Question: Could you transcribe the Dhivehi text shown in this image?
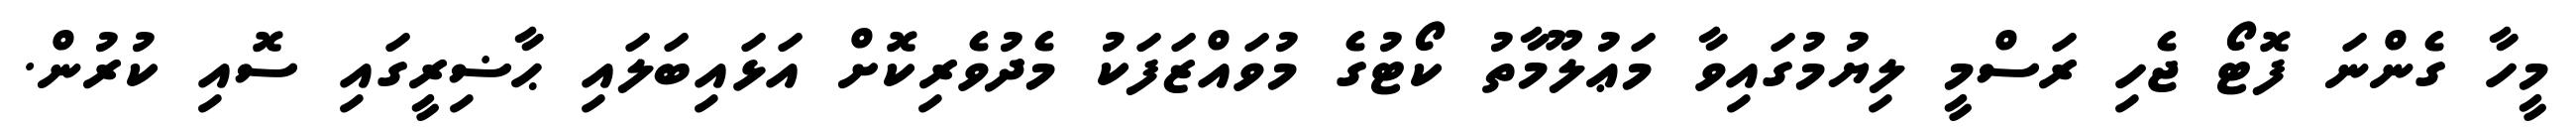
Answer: މީހާ ގެންނަ ފޮޓޯ ޖެހި ރަސްމީ ލިޔުމުގައިވާ މަޢުލޫމާތު ކޯޓުގެ މުވައްޒަފަކު މެދުވެރިކޮށް އަޅައިބަލައި ޙާޟިރީގައި ސޮއި ކުރުން.